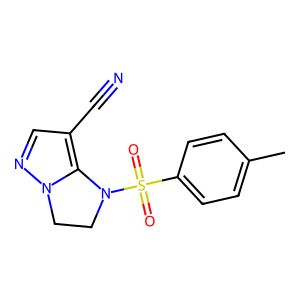
SMILES: Cc1ccc(S(=O)(=O)N2CCn3ncc(C#N)c32)cc1
Inhibits HIV replication: No